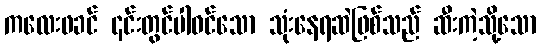
ကလေးဖခင် ၎င်းတွင်ပါဝင်သော သုံးနေရဆဲဖြစ်သည် ဆီးကဲ့သို့သော